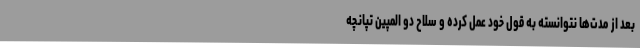
بعد از مدت‌ها نتوانسته به قول خود عمل کرده و سلاح دو المپین تپانچه